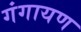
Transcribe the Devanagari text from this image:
गंगायण